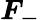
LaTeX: \boldsymbol{F_{-}}